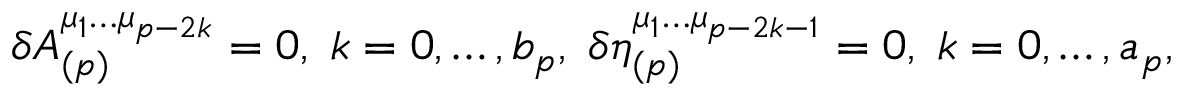
\delta A _ { ( p ) } ^ { \mu _ { 1 } \ldots \mu _ { p - 2 k } } = 0 , \; k = 0 , \ldots , b _ { p } , \; \delta \eta _ { ( p ) } ^ { \mu _ { 1 } \ldots \mu _ { p - 2 k - 1 } } = 0 , \; k = 0 , \ldots , a _ { p } ,